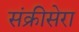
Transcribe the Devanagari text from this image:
संक्रीसेरा